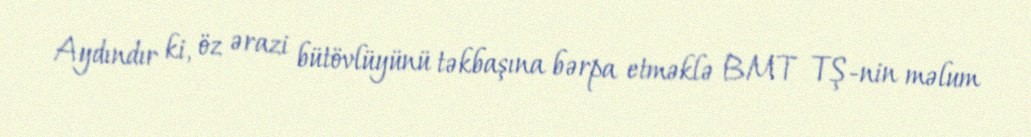
Aydındır ki, öz ərazi bütövlüyünü təkbaşına bərpa etməklə BMT TŞ-nin məlum